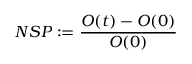
N S P : = \frac { O ( t ) - O ( 0 ) } { O ( 0 ) }